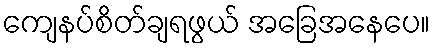
ကျေနပ်စိတ်ချရဖွယ် အခြေအနေပေ။